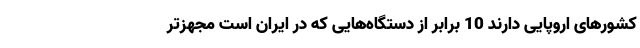
کشورهای اروپایی دارند 10 برابر از دستگاه‌هایی که در ایران است مجهزتر